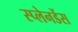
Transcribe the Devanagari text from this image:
स्प्लेनडेंस